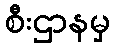
စီးဌာနမှ